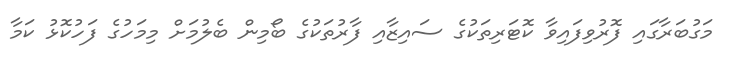
މަގުބަރާގައި ފޮރުވިފައިވާ ކޮޓަރިތަކުގެ ސައިޒާއި ފާރުތަކުގެ ބޯމިން ބެލުމަށް މިމަހުގެ ފަހުކޮޅު ކަމާ